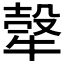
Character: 𤚼